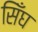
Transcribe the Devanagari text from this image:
सिँघ